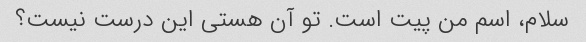
سلام، اسم من پیت است. تو آن هستی این درست نیست؟